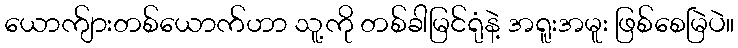
ယောက်ျားတစ်ယောက်ဟာ သူ့ကို တစ်ခါမြင်ရုံနဲ့ အရူးအမူး ဖြစ်စေမြဲပဲ။